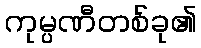
ကုမ္ပဏီတစ်ခု၏